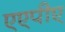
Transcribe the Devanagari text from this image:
एएपीए